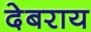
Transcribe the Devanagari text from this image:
देबराय